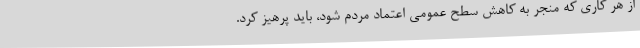
از هر کاری که منجر به کاهش سطح عمومی اعتماد مردم شود، باید پرهیز کرد.